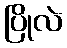
ပြိုလဲ